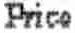
PRICE